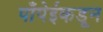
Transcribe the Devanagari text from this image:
पाँपेईकडून